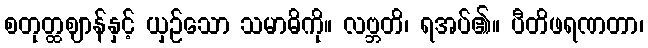
စတုတ္ထဈာန်နှင့် ယှဉ်သော သမာဓိကို။ လဗ္ဘတိ၊ ရအပ်၏။ ပီတိဖရဏတာ၊